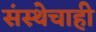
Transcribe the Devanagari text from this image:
संस्थेचाही